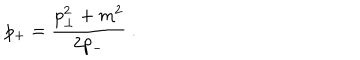
LaTeX: p _ { + } = \frac { p _ { \perp } ^ { 2 } + m ^ { 2 } } { 2 p _ { - } } \ .